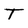
Character: T